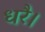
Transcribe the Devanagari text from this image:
धरै।